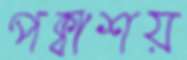
পক্বাশয়